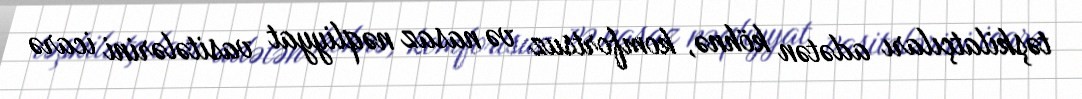
təşkilatçıları adətən köhnə, komfortsuz və nasaz nəqliyyat vasitələrini icarə